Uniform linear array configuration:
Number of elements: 12
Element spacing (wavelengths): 0.5
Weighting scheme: binomial
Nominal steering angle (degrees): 0
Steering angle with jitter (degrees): -1.882
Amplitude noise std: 0.05
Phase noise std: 0.05

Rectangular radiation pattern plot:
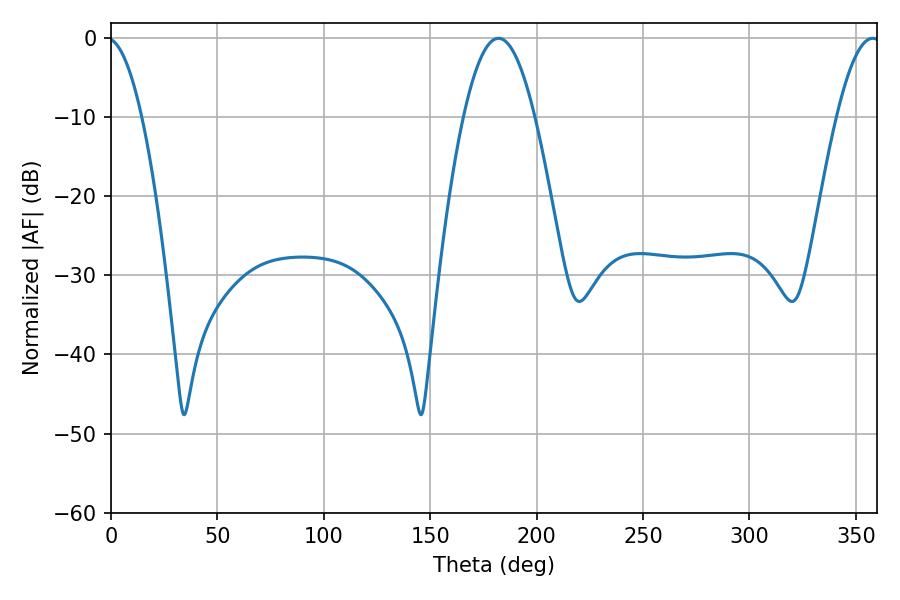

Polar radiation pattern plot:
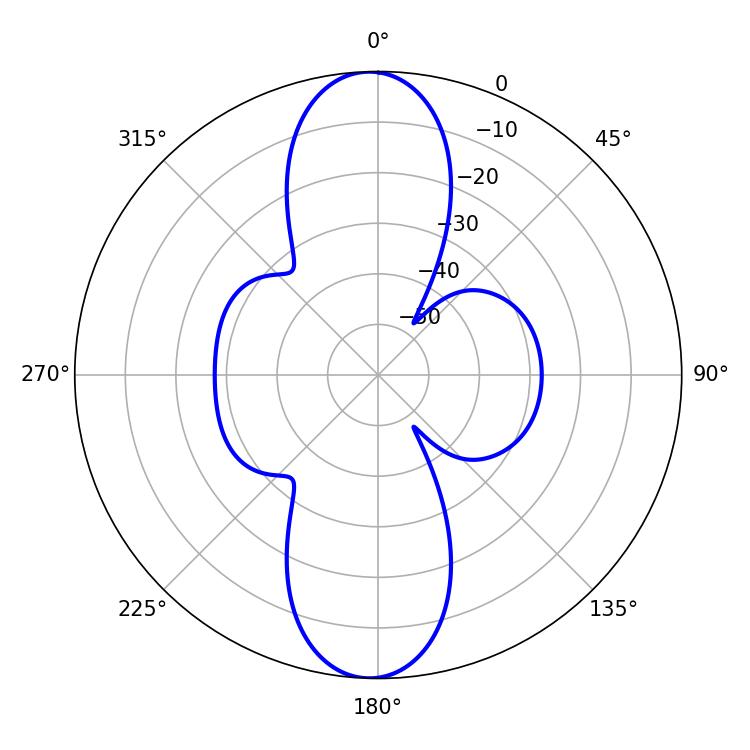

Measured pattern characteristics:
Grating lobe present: FALSE
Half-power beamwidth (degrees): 11.34
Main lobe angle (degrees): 357.84